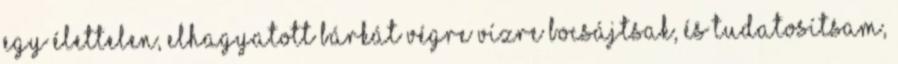
egy élettelen, elhagyatott bárkát végre vízre bocsájtsak, és tudatosítsam,